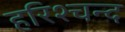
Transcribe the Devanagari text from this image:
हरिश्चन्द